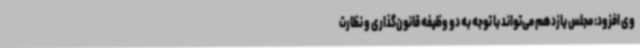
وی افزود: مجلس یازدهم می‌تواند با توجه به دو وظیفه قانون‌گذاری و نظارت